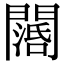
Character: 𨶖